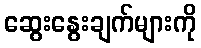
ဆွေးနွေးချက်များကို